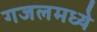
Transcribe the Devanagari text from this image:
गजलमध्ये